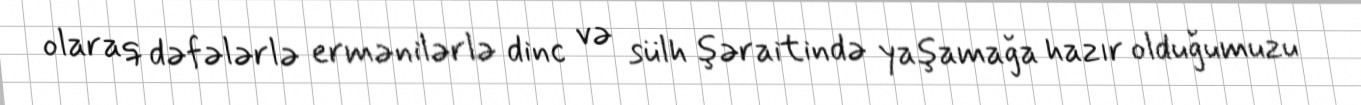
olaraq dəfələrlə ermənilərlə dinc və sülh şəraitində yaşamağa hazır olduğumuzu